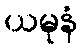
ယမုနံ